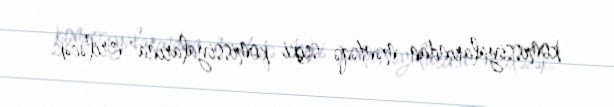
komissiyalarından məntəqə seçki komissiyalarına veriləcək.